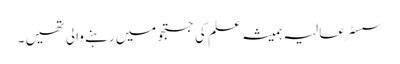
سسٹر عالیہ ہمیشہ علم کی جستجو میں رہنے والی تھیں ۔